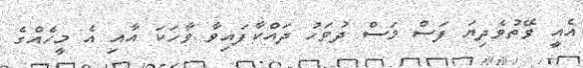
އެއީ ވޭތުވެދިޔަ ފަސް މަސް ދުވަހު ދައްކާފައިވާ ވާހަކަ އާއި އެ މީހެއްގެ